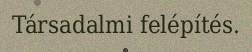
Társadalmi felépítés.